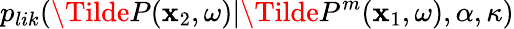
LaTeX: p_{lik}(\Tilde{P}(\mathbf{x}_{2},\omega)|\Tilde{P}^{m}(\mathbf{x}_{1},\omega),\alpha,\kappa)